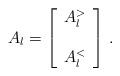
LaTeX: \begin{align*}A_{l} = \left[\begin{array}{c} A^{>}_{l} \\ \\ A^{<}_{l} \end{array} \right] \,.\end{align*}